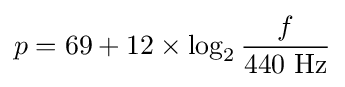
p=69+12\times \log _{2}{\frac {f}{440{\text{ Hz}}}}